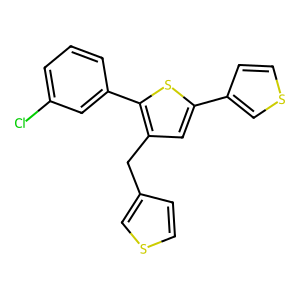
SMILES: Clc1cccc(-c2sc(-c3ccsc3)cc2Cc2ccsc2)c1
Inhibits HIV replication: No